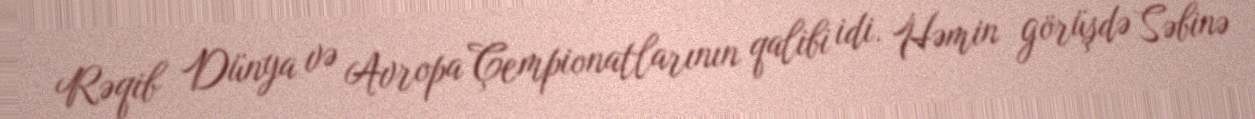
Rəqib Dünya və Avropa Çempionatlarının qalibi idi. Həmin görüşdə Səbinə